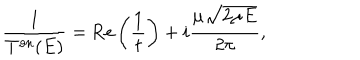
\frac { 1 } { T ^ { \mathrm { o n } } ( E ) } = \mathrm { R e } \left( \frac { 1 } { t } \right) + i \frac { \mu \sqrt { 2 \mu E } } { 2 \pi } ,